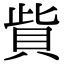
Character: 貲